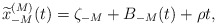
\begin{align*} \widetilde{x}_{-M}^{(M)}(t)=\zeta_{-M}+B_{-M}(t)+\rho t,\end{align*}